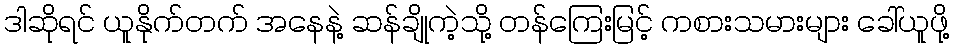
ဒါဆိုရင် ယူနိုက်တက် အနေနဲ့ ဆန်ချိုကဲ့သို့ တန်ကြေးမြင့် ကစားသမားများ ခေါ်ယူဖို့